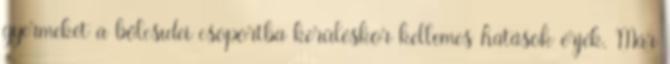
gyermeket a bölcsıdei csoportba kerüléskor kellemes hatások érjék. Már